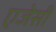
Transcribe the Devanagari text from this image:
एजेसी